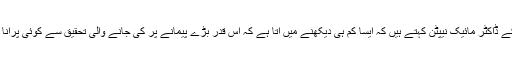
برٹش ہارٹ فاؤنڈیشن کے ڈاکٹر مائیک نیپٹن کہتے ہیں کہ ایسا کم ہی دیکھنے میں آتا ہے کہ اس قدر بڑے پیمانے پر کی جانے والی تحقیق سے کوئی پرانا مفروضہ رد کیا گیا ہو۔